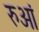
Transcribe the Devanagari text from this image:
रुआं